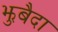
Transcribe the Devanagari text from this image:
झुबैदा